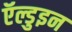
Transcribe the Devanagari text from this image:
ऍल्डुइन